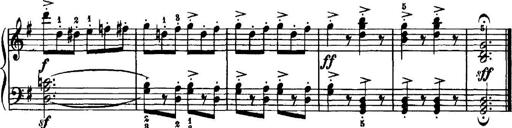
Title: 7 Sonatinas
Composer: Anton Diabelli